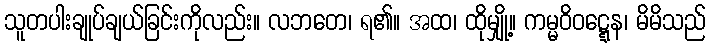
သူတပါးချုပ်ချယ်ခြင်းကိုလည်း။ လဘတေ၊ ရ၏။ အထ၊ ထိုမျှို့။ ကမ္မဝိဝဋ္ဋေန၊ မိမိသည်